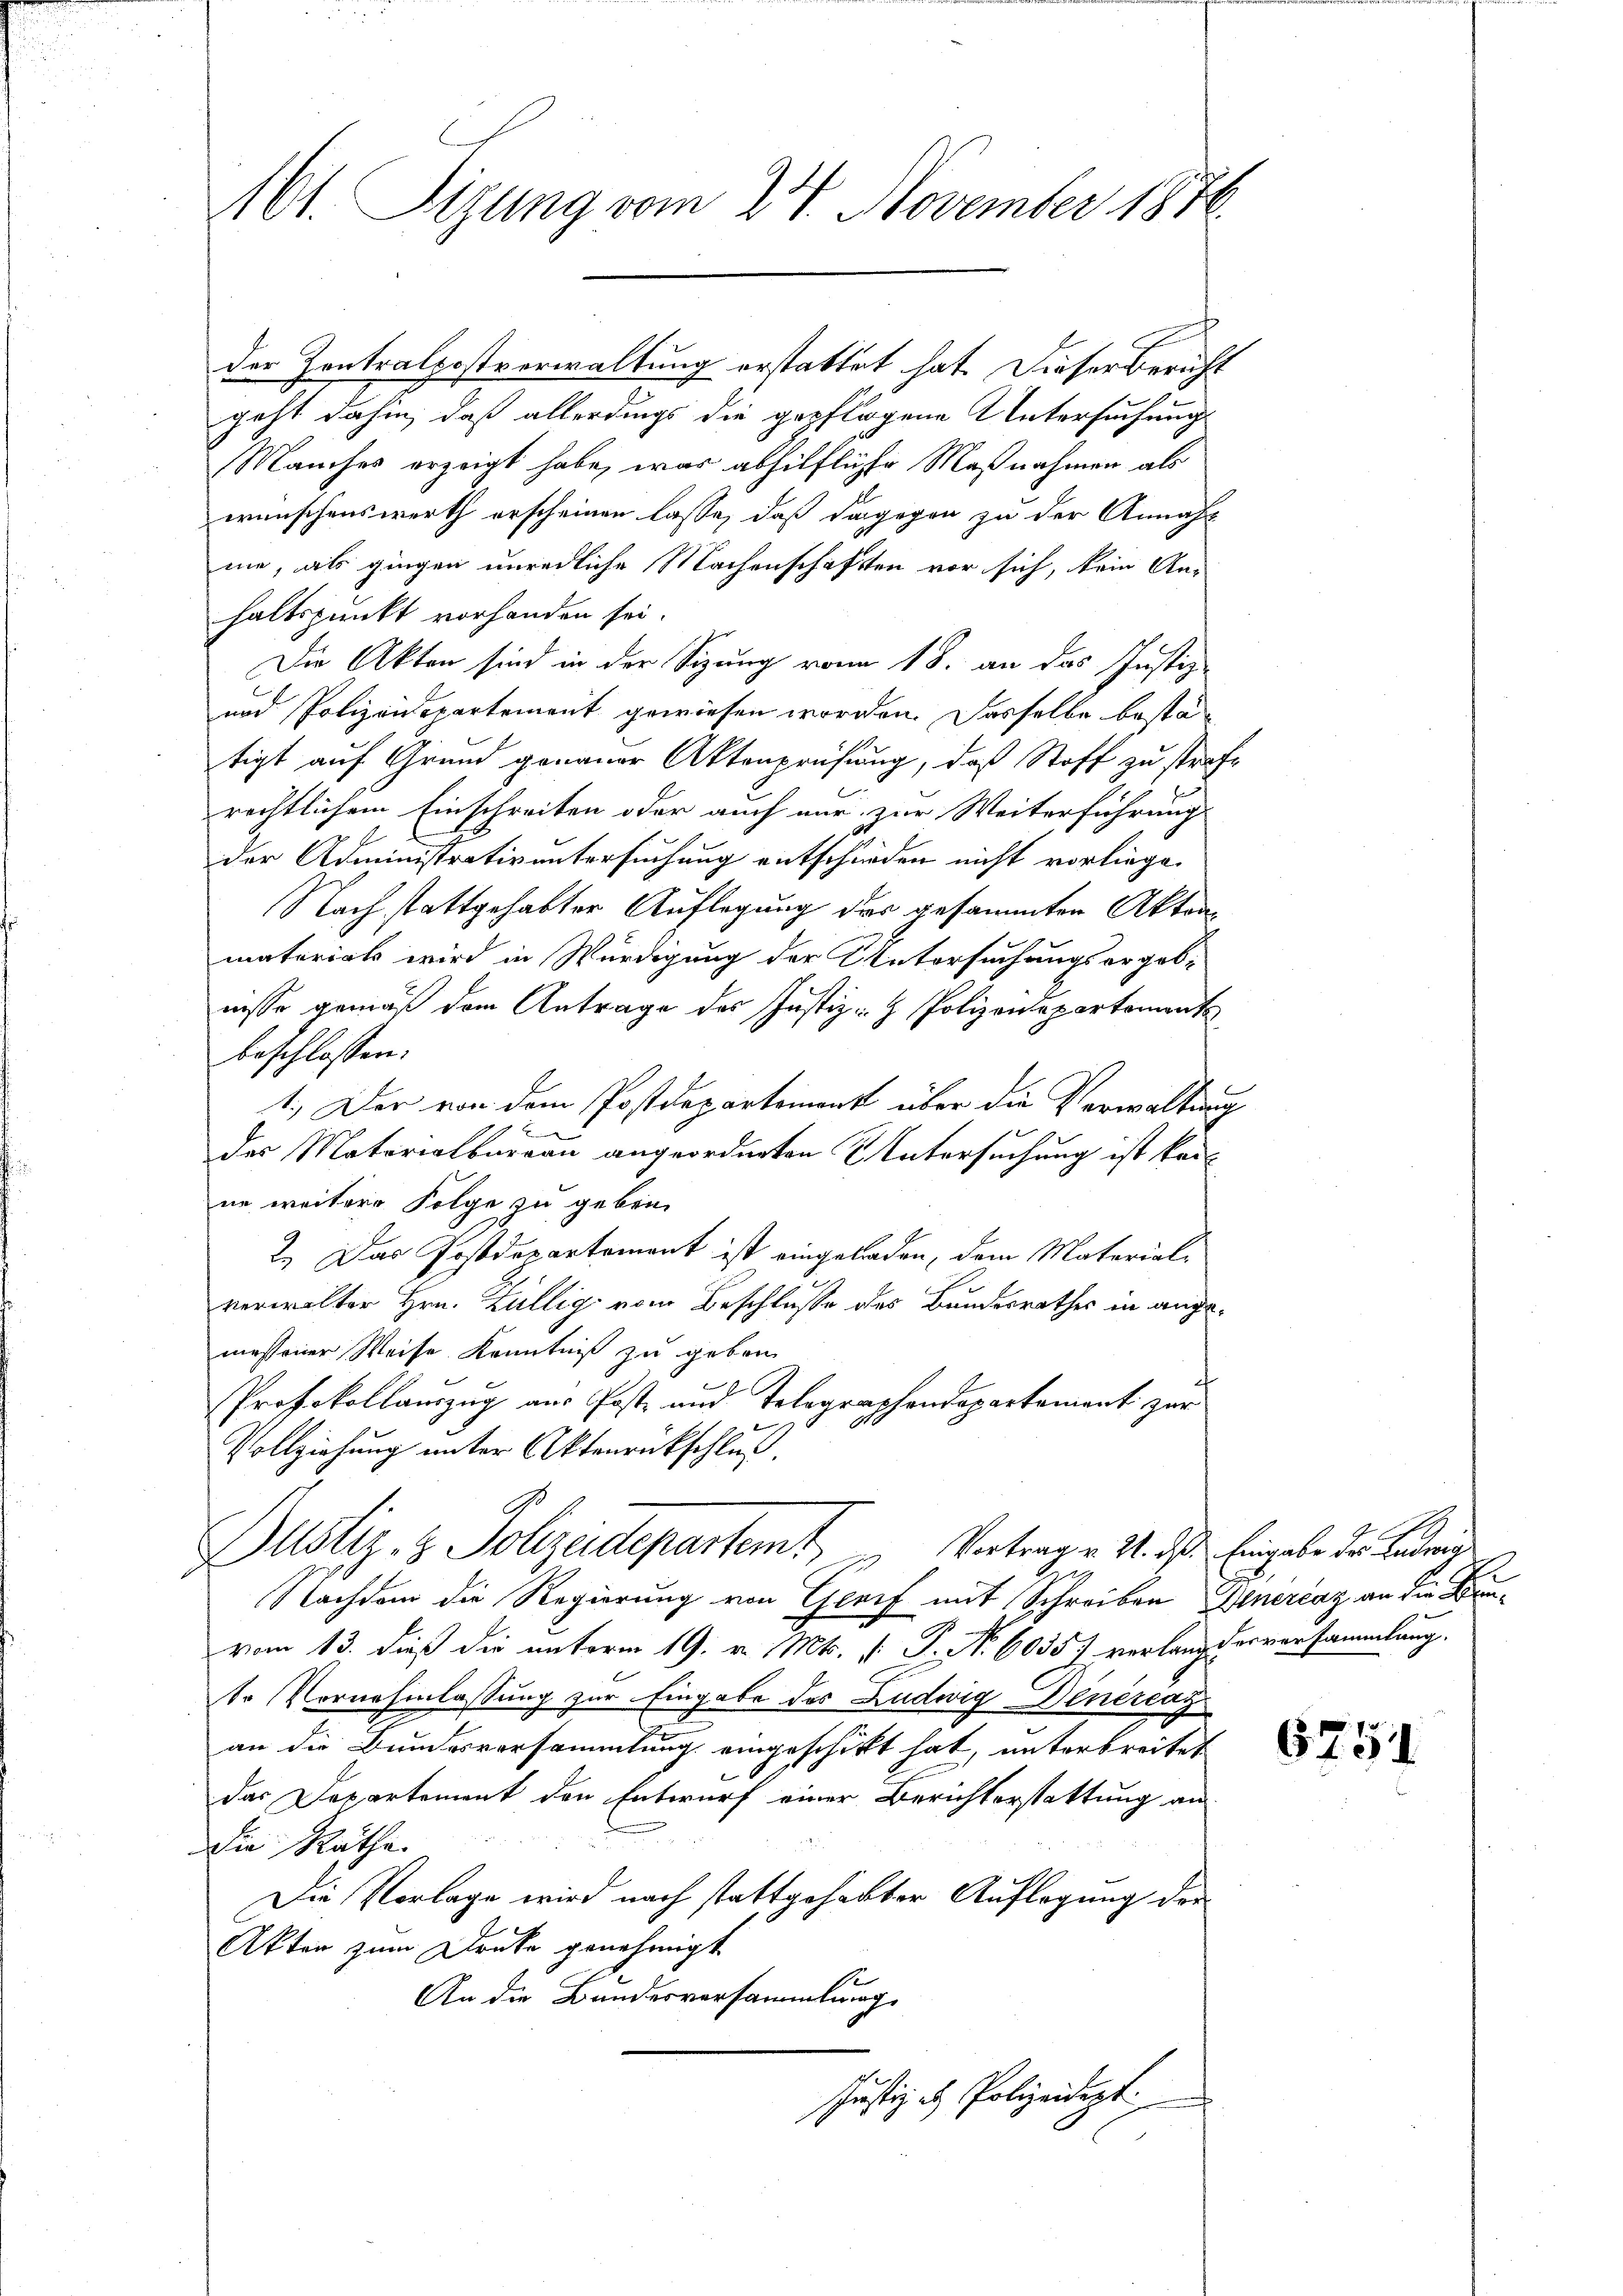
Abt. Tigung vom 24. November 1876.

der Zentralpostverwaltung erstattet hat. Dieser Bericht
geht dahin, daß allerdings die gepflogene Untersuchung
Manches erzeigt habe, was abhilfliche Maßnahmen als
wünschenswerth erscheinen lasse, daß dagegen zu der Annah
mie, als gingen unredliche Machenschaften vor sich, kein Anhaltspunkt vorhanden sei.
Die Akten sind in der Sitzung von 18. an das Justiz-
und Polizeidepartement gewiesen worden. Dasselbe bestätigt auf Grund genauer Aktenprüfung, daß Stoff zu strafe
rechtlichem Einschreiben oder auch nur zur Weiterführung
der Administrativ untersuchung entschieden nicht vorliege.
Nach stattgehabter Auflegung des gesammten Aktenmaterials wird in Würdigung der Untersuchungsergebe
nisse gemäß dem Antrage des Justiz- & Polizeidepartement
beschlossen:
1.) Der von dem Postdepartement über die Verwaltung

der Motorialbureau angeordneten Untersuchung ist keine weitere Folge zu geben.
2. Das Postdepartement ist eingeladen, dem Material-
verwalter Hrn. Züllig vom Beschluße des Bundesrathes in angemessener Weise Kenntniß zu geben.
Protokollauszug aus Post und Telegraphendepartament zur
e
Vollziehung unter Aktenrückschluß.
Justiz- & Polizeidepartem Vertrage M. das Eingabe der Betrage
Nachdem die Regierung von Greif mit Schreiben Generenz an die Bruvom 13. dieß die unterm 19. v. Mts. v. P. Nr. 6055) verlang der versammlung.
tr Vornehmlassung zur Eingabe des Ludwig Dinércay
an die Bundesversammlung eingeschickt hat, unterbreitet
das Departement den Entwurf einer Berichterstattung an
Die Rathe
Die Vorlage wird nach stattgehabter Auflegung der
Akten zum Druke genehmigt
An die Bandesversammlung
Justiz & Polizeidept:

6751